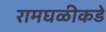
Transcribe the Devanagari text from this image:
रामघळीकडे